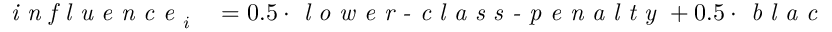
\begin{array} { r l } { \textit { i n f l u e n c e } _ { i } } & { { } = 0 . 5 \cdot \textit { l o w e r - c l a s s - p e n a l t y } + 0 . 5 \cdot \textit { b l a c k - p e n a l t y } . } \end{array}